Scottish Certificate of Education, 1963
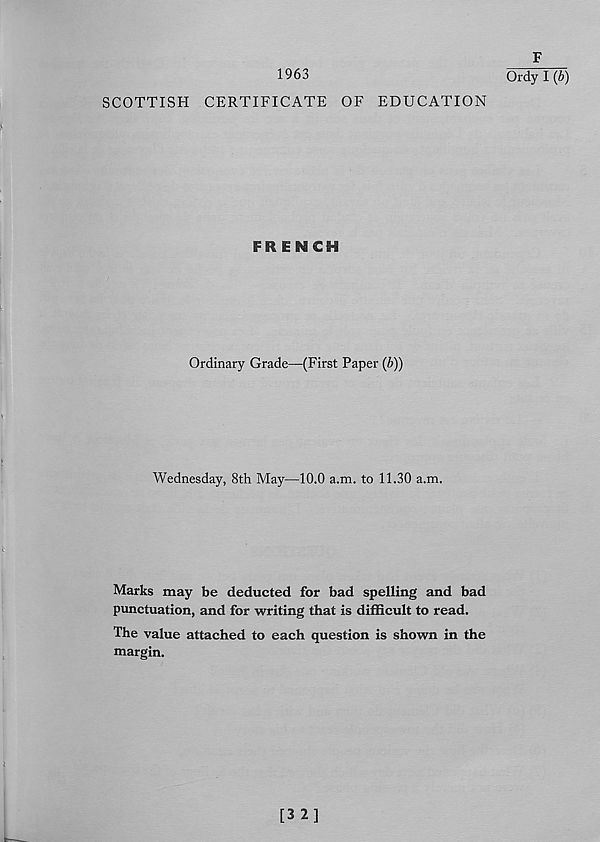
1963
SCOTTISH CERTIFICATE OF EDUCATION
FRENCH
Ordinary Grade—(First Paper (b))
Wednesday, 8th May—10.0 a.m. to 11.30 a.m.
Marks may be deducted for bad spelling and bad
punctuation, and for writing that is difficult to read.
The value attached to each question is shown in the
margin.
F
Ordy I (&)
[32]